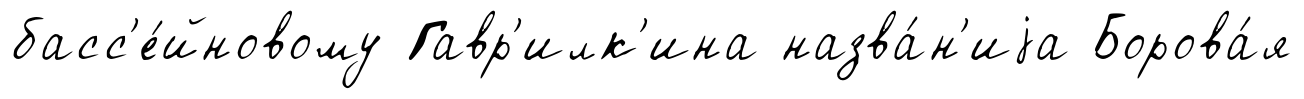
басс'е́йновому Гавр'илк'ина назва́н'иjа Борова́я